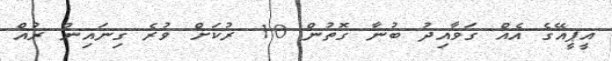
އީޕީއޭގެ އެއް ގަވާއިދު ބުނާ ގޮތުން 10 ރުކަށް ވުރެ ގިނައިން ރުއް